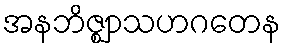
အနဘိဇ္ဈာသဟဂတေန